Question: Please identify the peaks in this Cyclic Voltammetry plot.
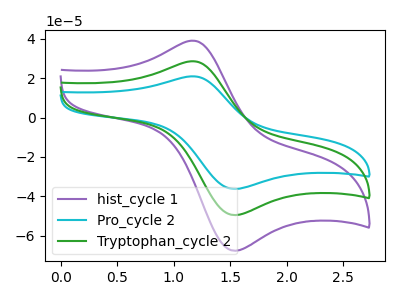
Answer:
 <answer>The purple curve "hist_cycle 1" has an anodic peak at (1.20V, 57.20uA) and a cathodic peak at (1.55V, -98.95uA). The cyan curve "Pro_cycle 2" has an anodic peak at (1.20V, 20.95uA) and a cathodic peak at (1.55V, -36.25uA). The green curve "Tryptophan_cycle 2" has an anodic peak at (1.20V, 28.60uA) and a cathodic peak at (1.55V, -49.50uA).</answer>
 <eval></eval>